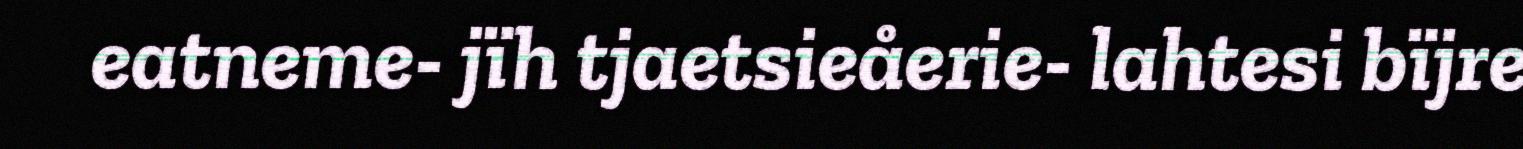
eatneme- jïh tjaetsieåerie- lahtesi bïjre